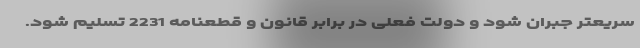
سریعتر جبران شود و دولت فعلی در برابر قانون و قطعنامه 2231 تسلیم شود.